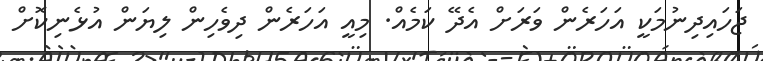
ޖަހައިދިނުމަކީ އަހަރެން ވަރަށް އެދޭ ކަމެއް. މިއީ އަހަރެން ދިވެހިން ލިޔަން އުޅެނިކޮށް